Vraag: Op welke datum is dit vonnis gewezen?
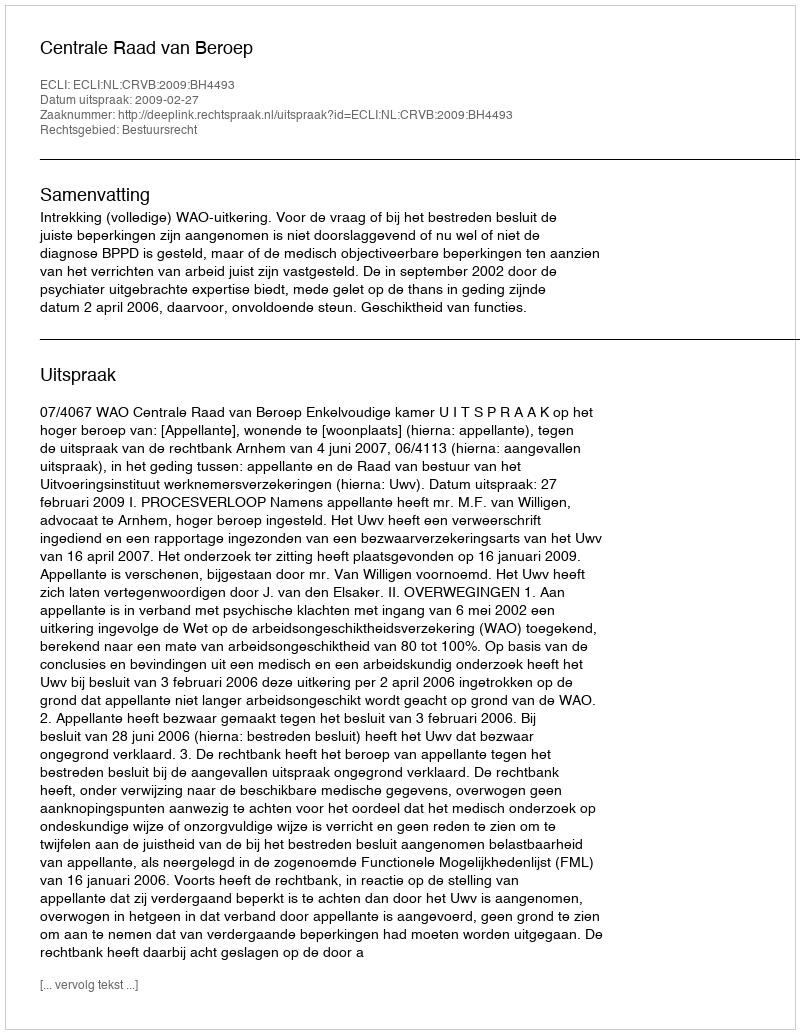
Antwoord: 2009-02-27